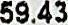
59.43